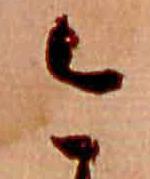
今